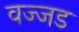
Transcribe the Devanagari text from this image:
वज्जड